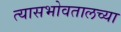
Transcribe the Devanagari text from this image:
त्यासभोवतालच्या